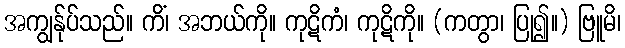
အကျွန်ုပ်သည်။ ကိံ၊ အဘယ်ကို။ ကုဋိကံ၊ ကုဋိကို။ (ကတွာ၊ ပြု၍။) ဗြူမိ၊